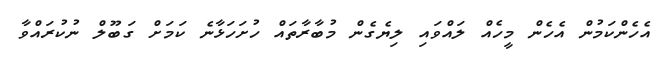
އެހެންކަމުން އެހެން މީހެއް ލައްވައި ލިޔެގެން މުބާރާތައް ހުށަހަޅާނެ ކަމަށް ގަބޫލް ނުކުރައްވާ